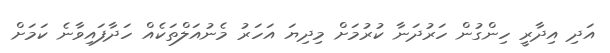
އަދި އިދާރީ ހިންގުން ހަރުދަނާ ކުރުމަށް މިދިޔަ އަހަރު މެނުއަލްތަކެއް ހަދާފައިވާނެ ކަމަށް